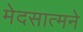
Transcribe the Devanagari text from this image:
मेदसात्मने